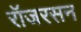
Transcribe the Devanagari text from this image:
रॉजरसन